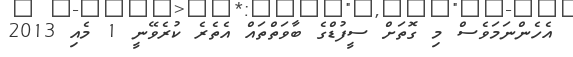
އެހެންނަމަވެސް މި ގޮތަށް ސީފުޑްގެ ބާވަތްތައް އެތެރެ ކުރެވޭނީ 1 މެއި 2013